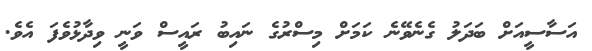
އަސާސީއަށް ބަދަލު ގެނެވޭނެ ކަމަށް މިސްރުގެ ނައިބު ރައީސް ވަނީ ވިދާޅުވެފަ އެވެ.